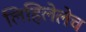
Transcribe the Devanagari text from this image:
लिहिलेलेच